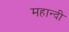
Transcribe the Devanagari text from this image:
महान्दी